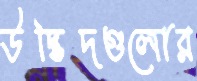
উদ্ভিদগুলোর